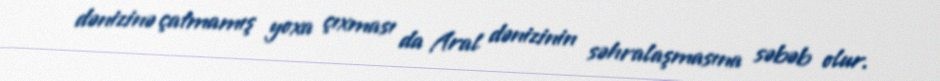
dənizinə çatmamış yoxa çıxması da Aral dənizinin səhralaşmasına səbəb olur.